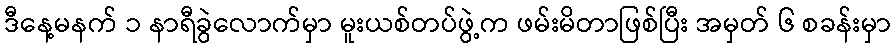
ဒီနေ့မနက် ၁ နာရီခွဲလောက်မှာ မူးယစ်တပ်ဖွဲ့က ဖမ်းမိတာဖြစ်ပြီး အမှတ် ၆ စခန်းမှာ